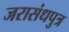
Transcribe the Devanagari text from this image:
जरासंधपुत्र